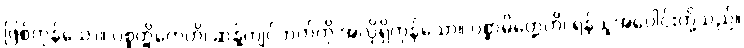
ဖြစ်ကုန်သော။ ပစ္စတ္ထိကေဟိ၊ ဆန့်ကျင်ဘက်ကို အလိုရှိကုန်သော။ ပစ္စာမိတ္တေဟိ၊ ရန်သူအပေါင်းတို့သည်။